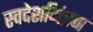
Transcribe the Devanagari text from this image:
स्वदेशमित्रण